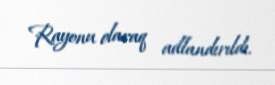
Rayonu olaraq adlandırıldı.